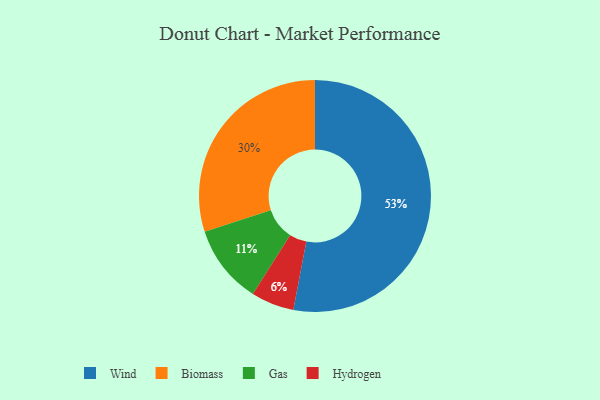
{"axis": {"x": "Category", "y": "Percentage"}, "legend": ["Biomass", "Gas", "Hydrogen", "Wind"], "data": [{"x": "Biomass", "y": 30, "type": "Biomass"}, {"x": "Hydrogen", "y": 6, "type": "Hydrogen"}, {"x": "Gas", "y": 11, "type": "Gas"}, {"x": "Wind", "y": 53, "type": "Wind"}]}